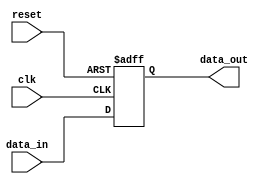
module RC_Delay(
    input wire clk,
    input wire reset,
    input wire [7:0] data_in,
    output wire [7:0] data_out
);

reg [7:0] delayed_data;

always @(posedge clk or posedge reset) begin
    if (reset) begin
        delayed_data <= 8'b00000000;
    end else begin
        #10 delayed_data <= data_in;
    end
end

assign data_out = delayed_data;

endmodule